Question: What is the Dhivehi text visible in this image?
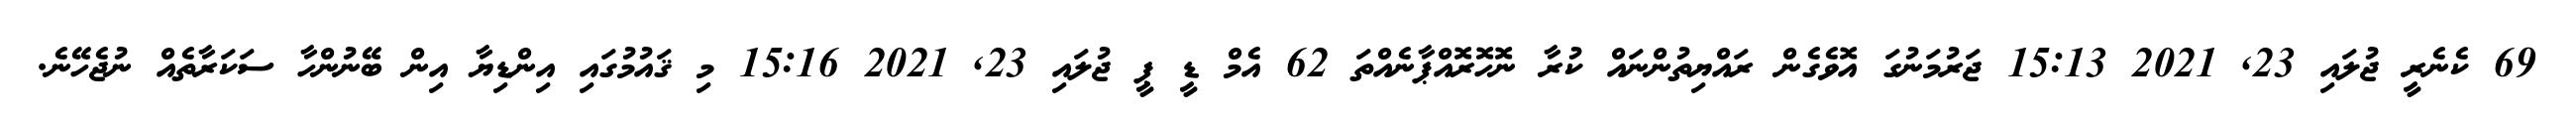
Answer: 69 ކެނެރީ ޖުލައި 23, 2021 15:13 ޖަރުމަނުގަ އޮވެގެން ރައްޔިތުންނައް ކުރާ ނޮހޮރޮއްޕާނެއްތަ 62 އެމް ޑީ ޕީ ޖުލައި 23, 2021 15:16 މި ޤައުމުގައި އިންޑިޔާ އިން ބޭނުންހާ ސަކަރާތެއް ނުޖެހޭނެ.